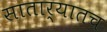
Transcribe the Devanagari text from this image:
सातार्‍यातच